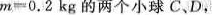
$$m=0.2kg$$的两个小球CD，